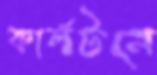
কার্লটনে